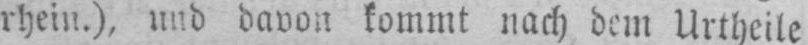
rhein.), und davon kommt nach dem Urtheile